system: You are a helpful assistant.
user:
Analyze the provided spectrum to determine if it is a **"Cataclysmic Variables (CV)"**.

- **Key Indicators for CV (Check for either state):**
    - **State 1: Quiescent / Low-State (Emission-Dominated)**
        - **(Primary):** Strong and *very broad* Hydrogen Balmer emission lines (e.g., $H\alpha$ at 6563 Å, $H\beta$ at 4861 Å). The 'broadness' (high velocity dispersion, often FWHM > 1000 km/s) is the key diagnostic, indicating a high-velocity accretion disk.
        - **(Secondary):** Broad neutral Helium (He I) emission lines (e.g., 5876 Å, 6678 Å).
        - **(Key Confirmation):** Presence of high-excitation *ionized* Helium (He II) emission at 4686 Å. This is a strong indicator of accretion onto a white dwarf.
        - **(Line Profile):** Emission lines may exhibit a 'double-peaked' profile, which is a classic signature of a rotating accretion disk viewed at high inclination.

    - **State 2: Outburst / High-State (Absorption-Dominated)**
        - **(Primary):** Spectrum is dominated by a bright, blue continuum (looks like a hot star).
        - **(Secondary):** The emission lines from State 1 are weak, absent, or 'filled in', and are replaced by broad, shallow *absorption* lines (primarily Balmer and He I).
        - **(Morphology):** The overall spectrum mimics a hot B/A-type star. The crucial difference is that the absorption lines are significantly broader, shallower, and more 'washed-out' (or 'smeared') than the sharp lines of a normal stellar photosphere, due to high rotational speeds and pressure broadening in the disk.

Think first, call **spectral_visualization_tool** if needed to examine features in detail, then provide your final answer. Your response must adhere to the following strict rules:
1.  **Overall Structure:** Your response must follow the format `<think>...</think> <tool_call>...</tool_call> (if a tool is used) <answer>...</answer>`.
2.  **Tool Usage Constraint:** You may only make **one** tool call per turn.
3.  **Final Answer Format:** In the `<answer>` tag, your conclusion must be inside a `\boxed{}` command (e.g., `\boxed{YES}`), followed by your justification.

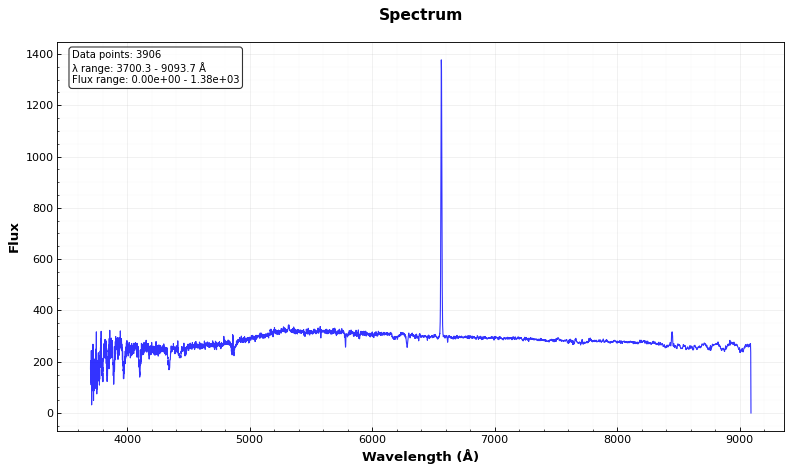
Answer: NO